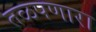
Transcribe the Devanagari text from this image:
तळपणारा